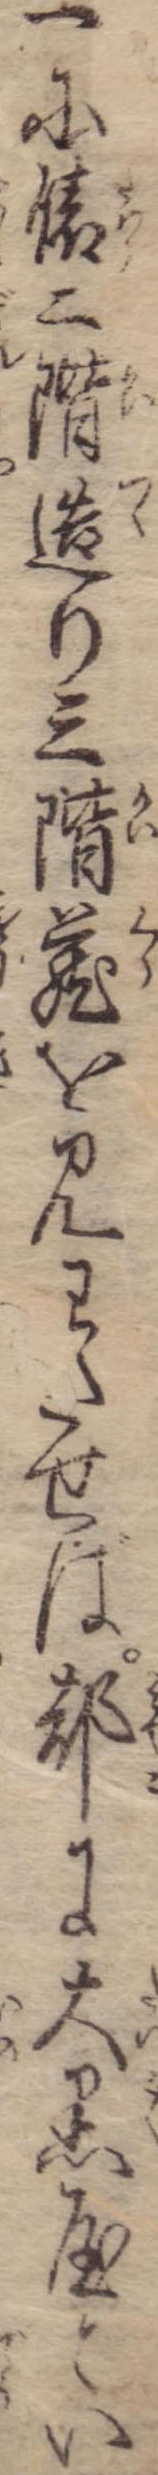
一に俵二階造り三階蔵を見わたせば都に大黒屋とい